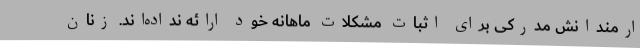
ارمندانش مدرکی برای اثبات مشکلات ماهانه خود ارائه نداده‌اند. زنان